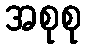
အစုစု